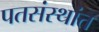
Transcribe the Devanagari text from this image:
पतसंस्थांत